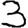
Digit: 3